Scientific memoirs by medical officers of the Army of India - Part XII,
Year: 1901
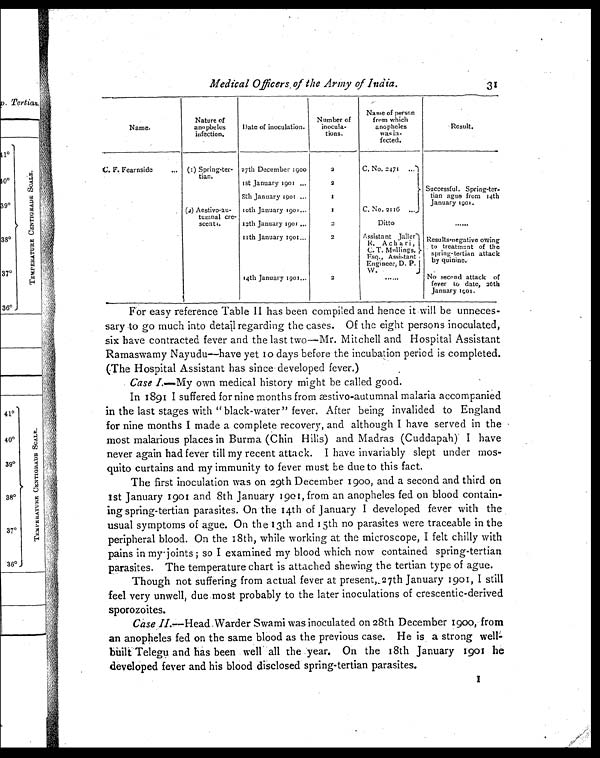
Medical Officers of the Army of India. 3 1
Name.
Nature of
anopheles
infection.
Date of inoculation.
Number of
inocula-
tions.
Name of person
from which
anopheles
was in
fected.
Result.
C. F. Fearnside
... (1) Spring-ter-
tian.
27th December 1900
2
C. No. 2471 . . .
Successful. Spring-ter-
tian ague from 14th
January 1901.
1st January 1901 ...
2
8th January 1901 ...
(2) Aestivo-au-
tumnal cre-
scents.
10th January 1901 . . .
1
C. No. 2116 ...
12th January 1901
...
2
Ditto
......
11th January 1901 . . .
2
Assistant Jailor
R. Achari,
C. T. Mullings,
E s q . , A s s i s t a n t
Engineer, D. P.
W.
Results-negative owing
to treatment of the
spring-tertian attack
by quinine.
14th January 1901 . . .
2
. . . . . .
No second attack of
fever to date, 26th
January 1901.
For easy reference Table II has been compiled and hence it will be unneces-
sary to go much into detail regarding the cases. Of the eight persons inoculated,
six have contracted fever and the last two—Mr. Mitchell and Hospital Assistant
Ramaswamy Nayudu—have yet 10 days before the incubation period is completed.
(The Hospital Assistant has since developed fever.)
Case I.— My own medical history might be called good.
In 1891 I suffered for nine months from æstivo-autumnal malaria accompanied
in the last stages with " black-water " fever. After being invalided to England
for nine months I made a complete recovery, and although I have served in the
most malarious places in Burma (Chin Hills) and Madras (Cuddapah) I have
never again had fever till my recent attack. I have invariably slept under mos-
quito curtains and my immunity to fever must be due to this fact.
The first inoculation was on 29th December 1900, and a second and third on
1st January 1901 and 8th January 1901, from an anopheles fed on blood contain-
ing spring-tertian parasites. On the 14th of January I developed fever with the
usual symptoms of ague. On the 13th and 15th no parasites were traceable in the
peripheral blood. On the 18th, while working at the microscope, I felt chilly with
pains in my-joints ; so I examined my blood which now contained spring-tertian
parasites. The temperature chart is attached shewing the tertian type of ague.
Though not suffering from actual fever at present, 27th January 1901, I still
feel very unwell, due most probably to the later inoculations of crescentic-derived
sporozoites.
Case II.—Head Warder Swami was inoculated on 28th December 1900, from
an anopheles fed on the same blood as the previous case. He is a strong wel
l - b u i l t T e l e g u a n d h a s b e e n w e l l a l l t h e y e a r . O n t h e 1 8 t h J a n u a r y 1 9 0 1 h e
developed fever and his blood disclosed spring-tertian parasites.